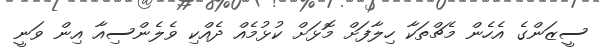
ސީޒަންގެ އެހެން މެޗްތަކާ ހިލާފަށް މޮޅަށް ކުޅުމެއް ދެއްކި ވެލެންސިއާ އިން ވަނީ